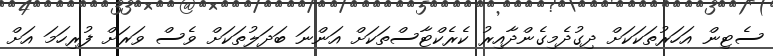
ސެޓިން އަހަރުތަކަކަށް ދިގުދެމިގެންދާއިރު ކެރެކްޓާސްތަކަށް އަންނަ ބަދަލުތަކަށް ވެސް ވަރަށް ފުރިހަމަ އަށް